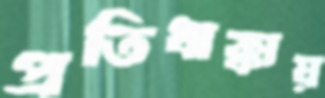
প্রতিধাক্কায়